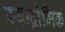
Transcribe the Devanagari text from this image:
स्यन्द्रोमिक